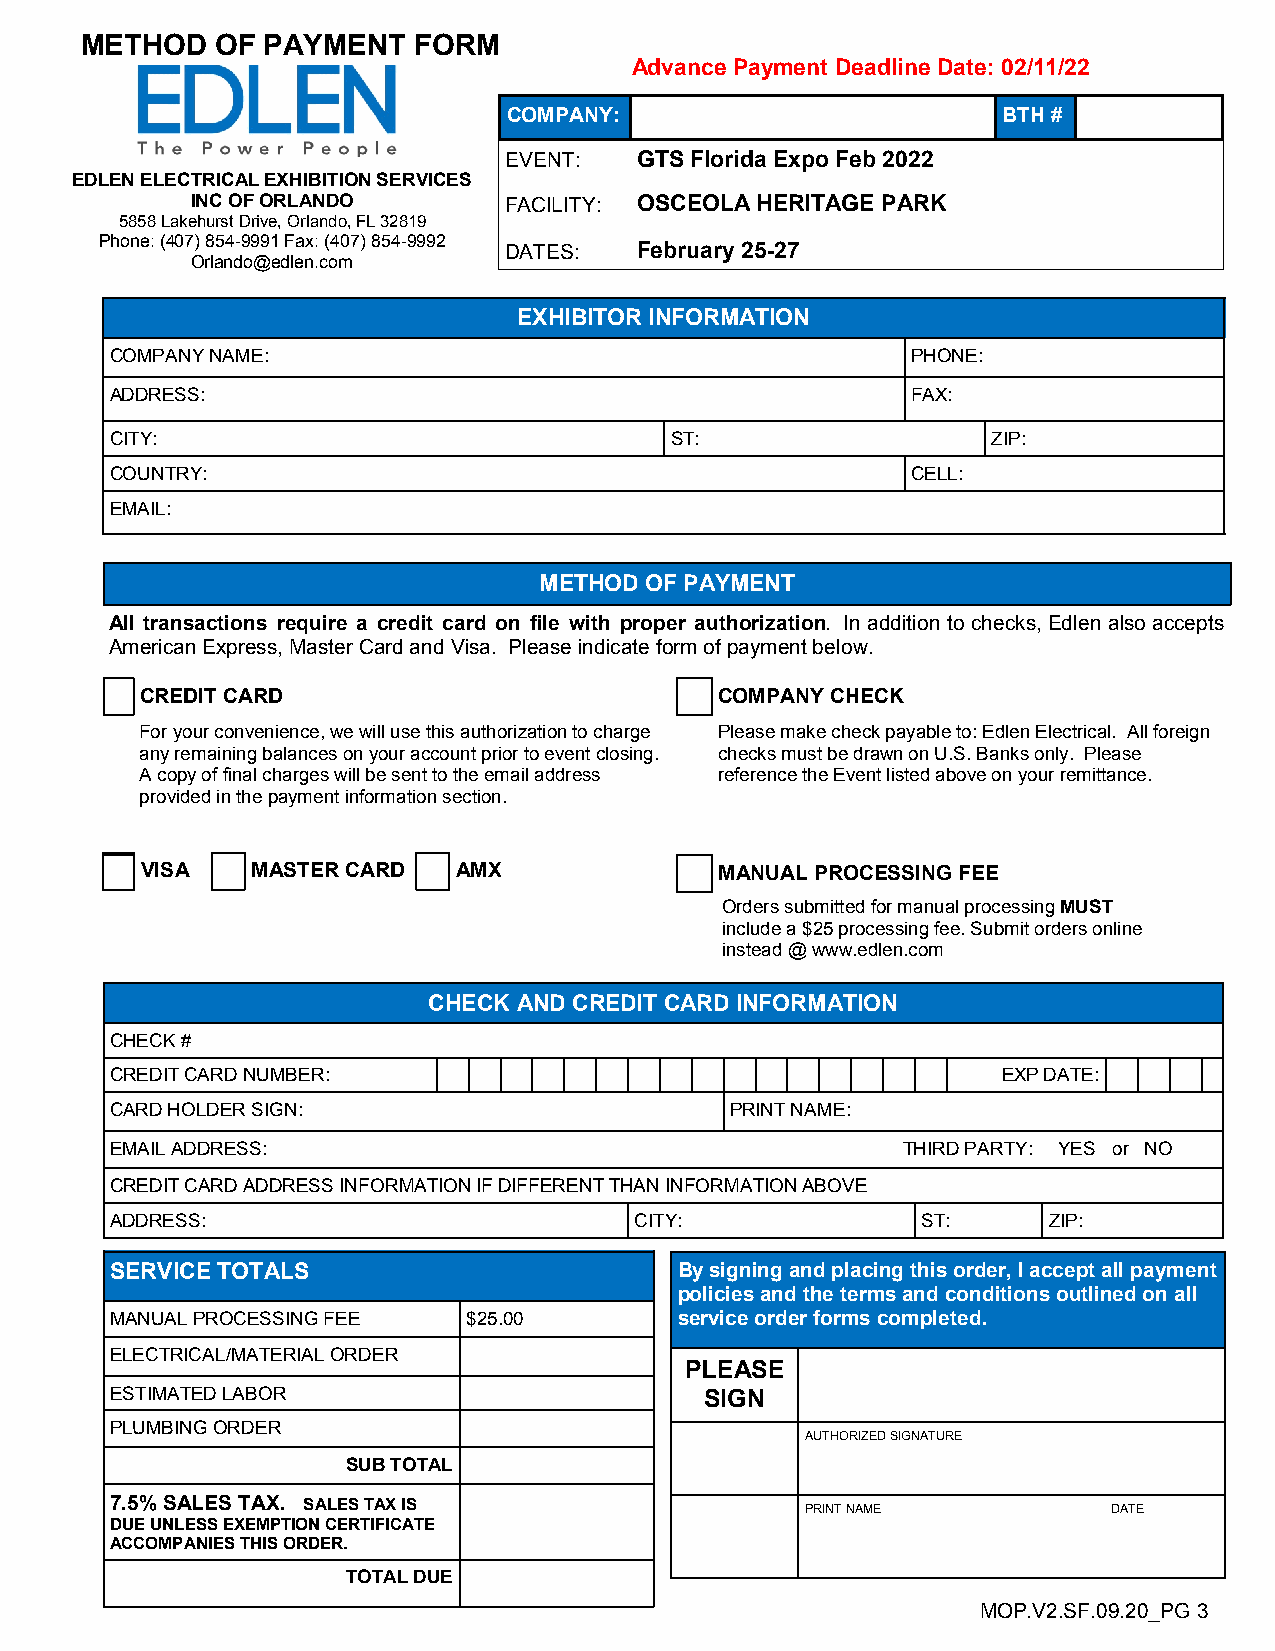
METHOD   OF PAYMENT   FORM
 Advance Payment Deadline Date: 02/11/22
 COMPANY:                        BTH #
 EVENT:   GTS Florida Expo Feb 2022
 EDLEN ELECTRICAL EXHIBITION SERVICES
 INC OF ORLANDO      FACILITY: OSCEOLA HERITAGE PARK
 5858 Lakehurst Drive, Orlando, FL 32819
 Phone: (407) 854-9991 Fax: (407) 854-9992
 DATES:   February 25-27
 Orlando@edlen.com
 EXHIBITOR INFORMATION
 COMPANY NAME:                                        PHONE:
 ADDRESS:                                             FAX:
 CITY:                                ST:                   ZIP:
 COUNTRY:                                             CELL:
 EMAIL:
 METHOD OF PAYMENT
 All transactions require a credit card on file with proper authorization. In addition to checks, Edlen also accepts
 American Express, Master Card and Visa. Please indicate form of payment below.
 CREDIT CARD                            COMPANY CHECK
 For your convenience, we will use this authorization to charge Please make check payable to: Edlen Electrical. All foreign
 any remaining balances on your account prior to event closing. checks must be drawn on U.S. Banks only. Please
 A copy of final charges will be sent to the email address reference the Event listed above on your remittance.
 provided in the payment information section.
 VISA    MASTER CARD  AMX               MANUAL PROCESSING FEE
 Orders submitted for manual processing MUST
 include a $25 processing fee. Submit orders online
 instead @ www.edlen.com
 CHECK AND CREDIT CARD INFORMATION
 CHECK #
 CREDIT CARD NUMBER:                                        EXP DATE:
 CARD HOLDER SIGN:                        PRINT NAME:
 EMAIL ADDRESS:                                       THIRD PARTY: YES or NO
 CREDIT CARD ADDRESS INFORMATION IF DIFFERENT THAN INFORMATION ABOVE
 ADDRESS:                           CITY:              ST:     ZIP:
 SERVICE TOTALS                        By signing and placing this order, I accept all payment
 policies and the terms and conditions outlined on all
 MANUAL PROCESSING FEE   $25.00        service order forms completed.
 ELECTRICAL/MATERIAL ORDER
 PLEASE
 ESTIMATED LABOR                         SIGN
 PLUMBING ORDER
 AUTHORIZED SIGNATURE
 SUB TOTAL
 7.5% SALES TAX. SALES TAX IS
 PRINT NAME           DATE
 DUE UNLESS EXEMPTION CERTIFICATE
 ACCOMPANIES THIS ORDER.
 TOTAL DUE
 MOP.V2.SF.09.20_PG 3